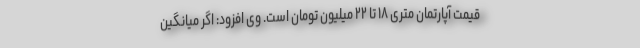
قیمت آپارتمان متری ۱۸ تا ۲۲ میلیون تومان است. وی افزود: اگر میانگین